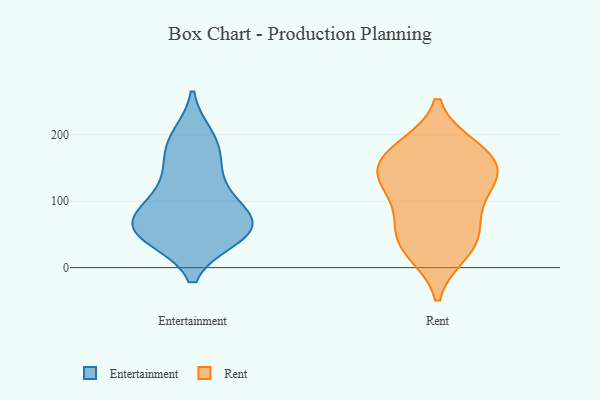
{"axis": {"x": "Churn Rate (%)", "y": "Value"}, "legend": ["Entertainment", "Rent"], "data": [{"x": "", "y": 57, "type": "Entertainment"}, {"x": "", "y": 164, "type": "Entertainment"}, {"x": "", "y": 114, "type": "Entertainment"}, {"x": "", "y": 74, "type": "Entertainment"}, {"x": "", "y": 185, "type": "Entertainment"}, {"x": "", "y": 52, "type": "Entertainment"}, {"x": "", "y": 123, "type": "Entertainment"}, {"x": "", "y": 69, "type": "Entertainment"}, {"x": "", "y": 48, "type": "Entertainment"}, {"x": "", "y": 70, "type": "Entertainment"}, {"x": "", "y": 195, "type": "Entertainment"}, {"x": "", "y": 56, "type": "Entertainment"}, {"x": "", "y": 122, "type": "Rent"}, {"x": "", "y": 180, "type": "Rent"}, {"x": "", "y": 23, "type": "Rent"}, {"x": "", "y": 181, "type": "Rent"}, {"x": "", "y": 163, "type": "Rent"}, {"x": "", "y": 159, "type": "Rent"}, {"x": "", "y": 44, "type": "Rent"}, {"x": "", "y": 142, "type": "Rent"}, {"x": "", "y": 68, "type": "Rent"}, {"x": "", "y": 27, "type": "Rent"}, {"x": "", "y": 130, "type": "Rent"}, {"x": "", "y": 122, "type": "Rent"}, {"x": "", "y": 70, "type": "Rent"}]}